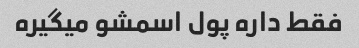
فقط داره پول اسمشو میگیره